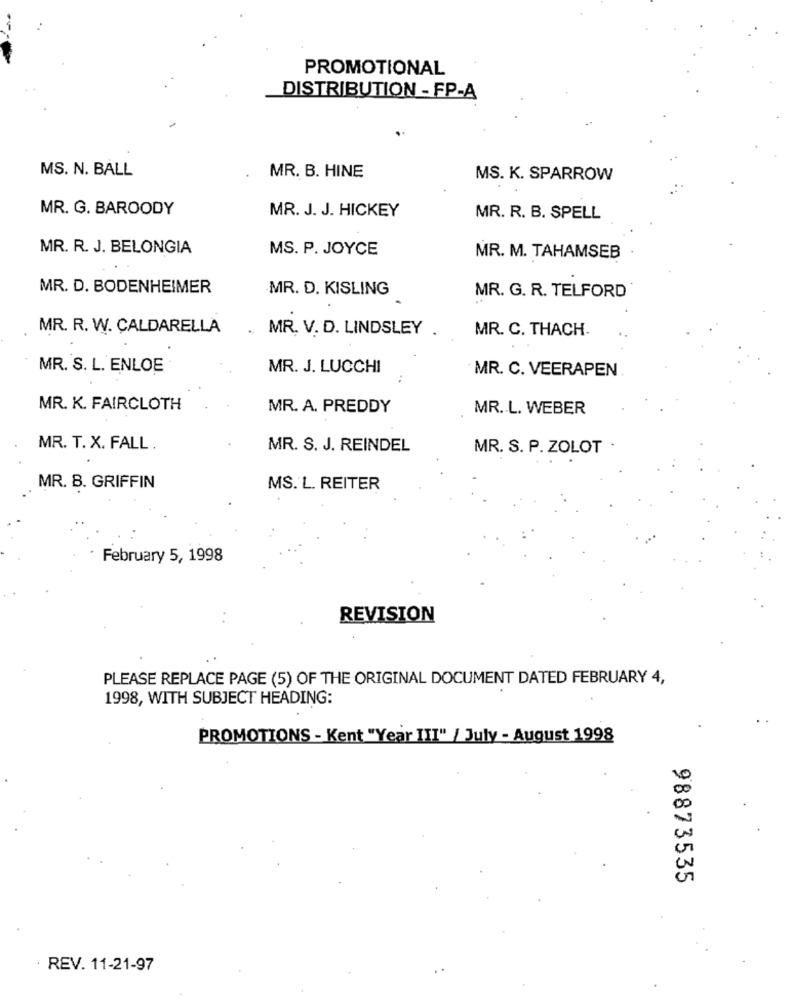
PROMOTIONAL
DISTRIBUTION - FP-A
MS. N. BALL
MR. B. HINE
MS. K. SPARROW
MR. G. BAROODY
MR. J. J. HICKEY
MR. R. B. SPELL
MR. R. J. BELONGIA
MS. P. JOYCE
MR. M. TAHAMSEB
MR. D. BODENHEIMER
MR. D. KISLING
MR. G. R. TELFORD
MR. R. W. CALDARELLA
. MR. V. D. LINDSLEY
MR. C. THACH.
MR. S. L. ENLOE
MR. J. LUCCHI
MR. C. VEERAPEN
MR. K. FAIRCLOTH
MR. A. PREDDY
MR. L. WEBER
MR. T. X. FALL .
MR. S. J. REINDEL
MR. S. P. ZOLOT .
. MR. B. GRIFFIN
MS. L. REITER
February 5, 1998
REVISION
PLEASE REPLACE PAGE (5) OF THE ORIGINAL DOCUMENT DATED FEBRUARY 4,
1998, WITH SUBJECT HEADING:
PROMOTIONS - Kent "Year III" / July - August 1998
98873535
· REV. 11-21-97